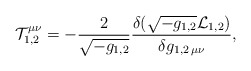
\begin{align*}{\cal T}^{\mu\nu}_{1,2}=-{2\over\sqrt{-g_{1,2}}}{{\delta(\sqrt{-g_{1,2}}{\cal L}_{1,2})}\over{\delta g_{1,2\,\mu\nu}}},\end{align*}